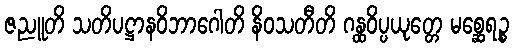
ဇညူတိ သတိပဋ္ဌာနဝိဘာဂေါတိ နိဝသတီတိ ဂန္ထဝိပ္ပယုတ္တေ မစ္ဆေရဉ္စ